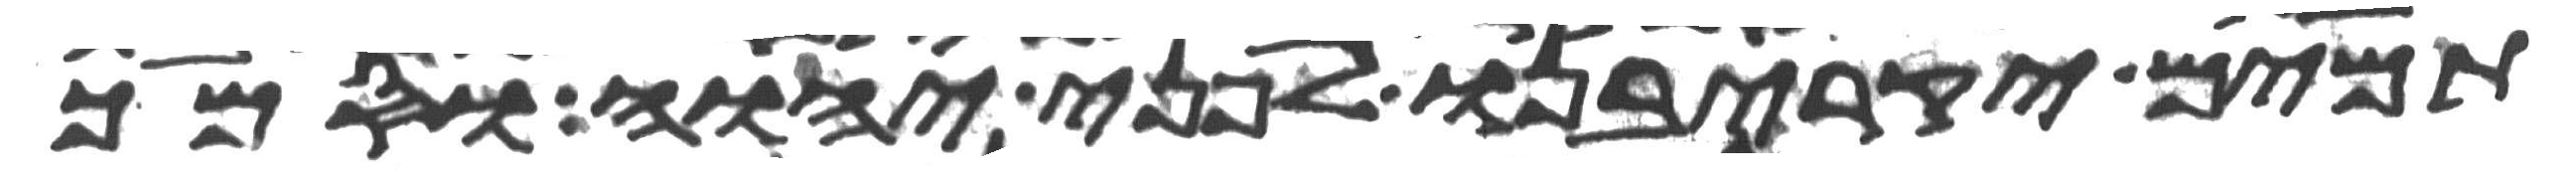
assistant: תמים יקריבנו לפני יהוה וסמך